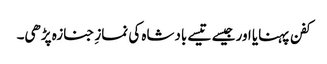
کفن پہنایا اور جیسے تیسے بادشاہ کی نمازِ جنازہ پڑھی۔